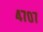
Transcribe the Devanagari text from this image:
४७०७